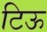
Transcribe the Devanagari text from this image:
टिऊ